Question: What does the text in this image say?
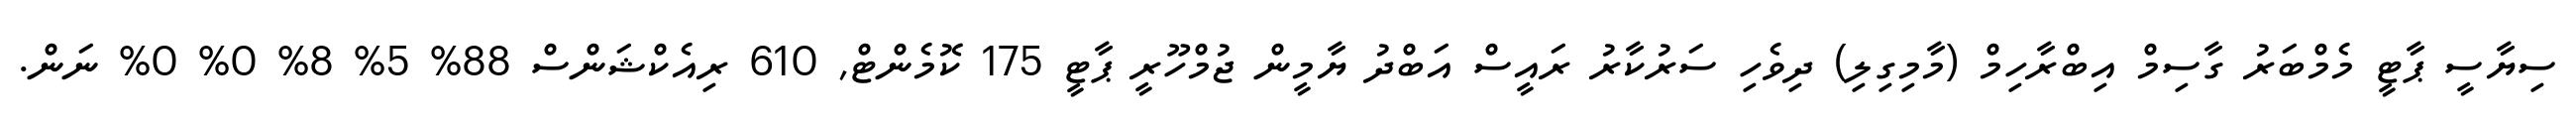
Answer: ސިޔާސީ ޕާޓީ މެމްބަރު ގާސިމް އިބްރާހިމް (މާމިގިލި) ދިވެހި ސަރުކާރު ރައީސް އަބްދު ޔާމީން ޖުމްހޫރީ ޕާޓީ 175 ކޮމެންޓް, 610 ރިއެކްޝަންސް 88% 5% 8% 0% 0% ނަން.